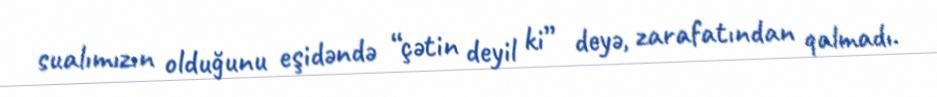
sualımızın olduğunu eşidəndə “çətin deyil ki” deyə, zarafatından qalmadı.